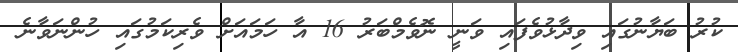
ކުރު ބަޔާނުގައި ވިދާޅުވެފައި ވަނީ ނޮވެމްބަރު 16 އާ ހަމައަށް ވެރިކަމުގައި ހުންނަވާނެ